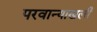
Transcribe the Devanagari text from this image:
परवान्याखली